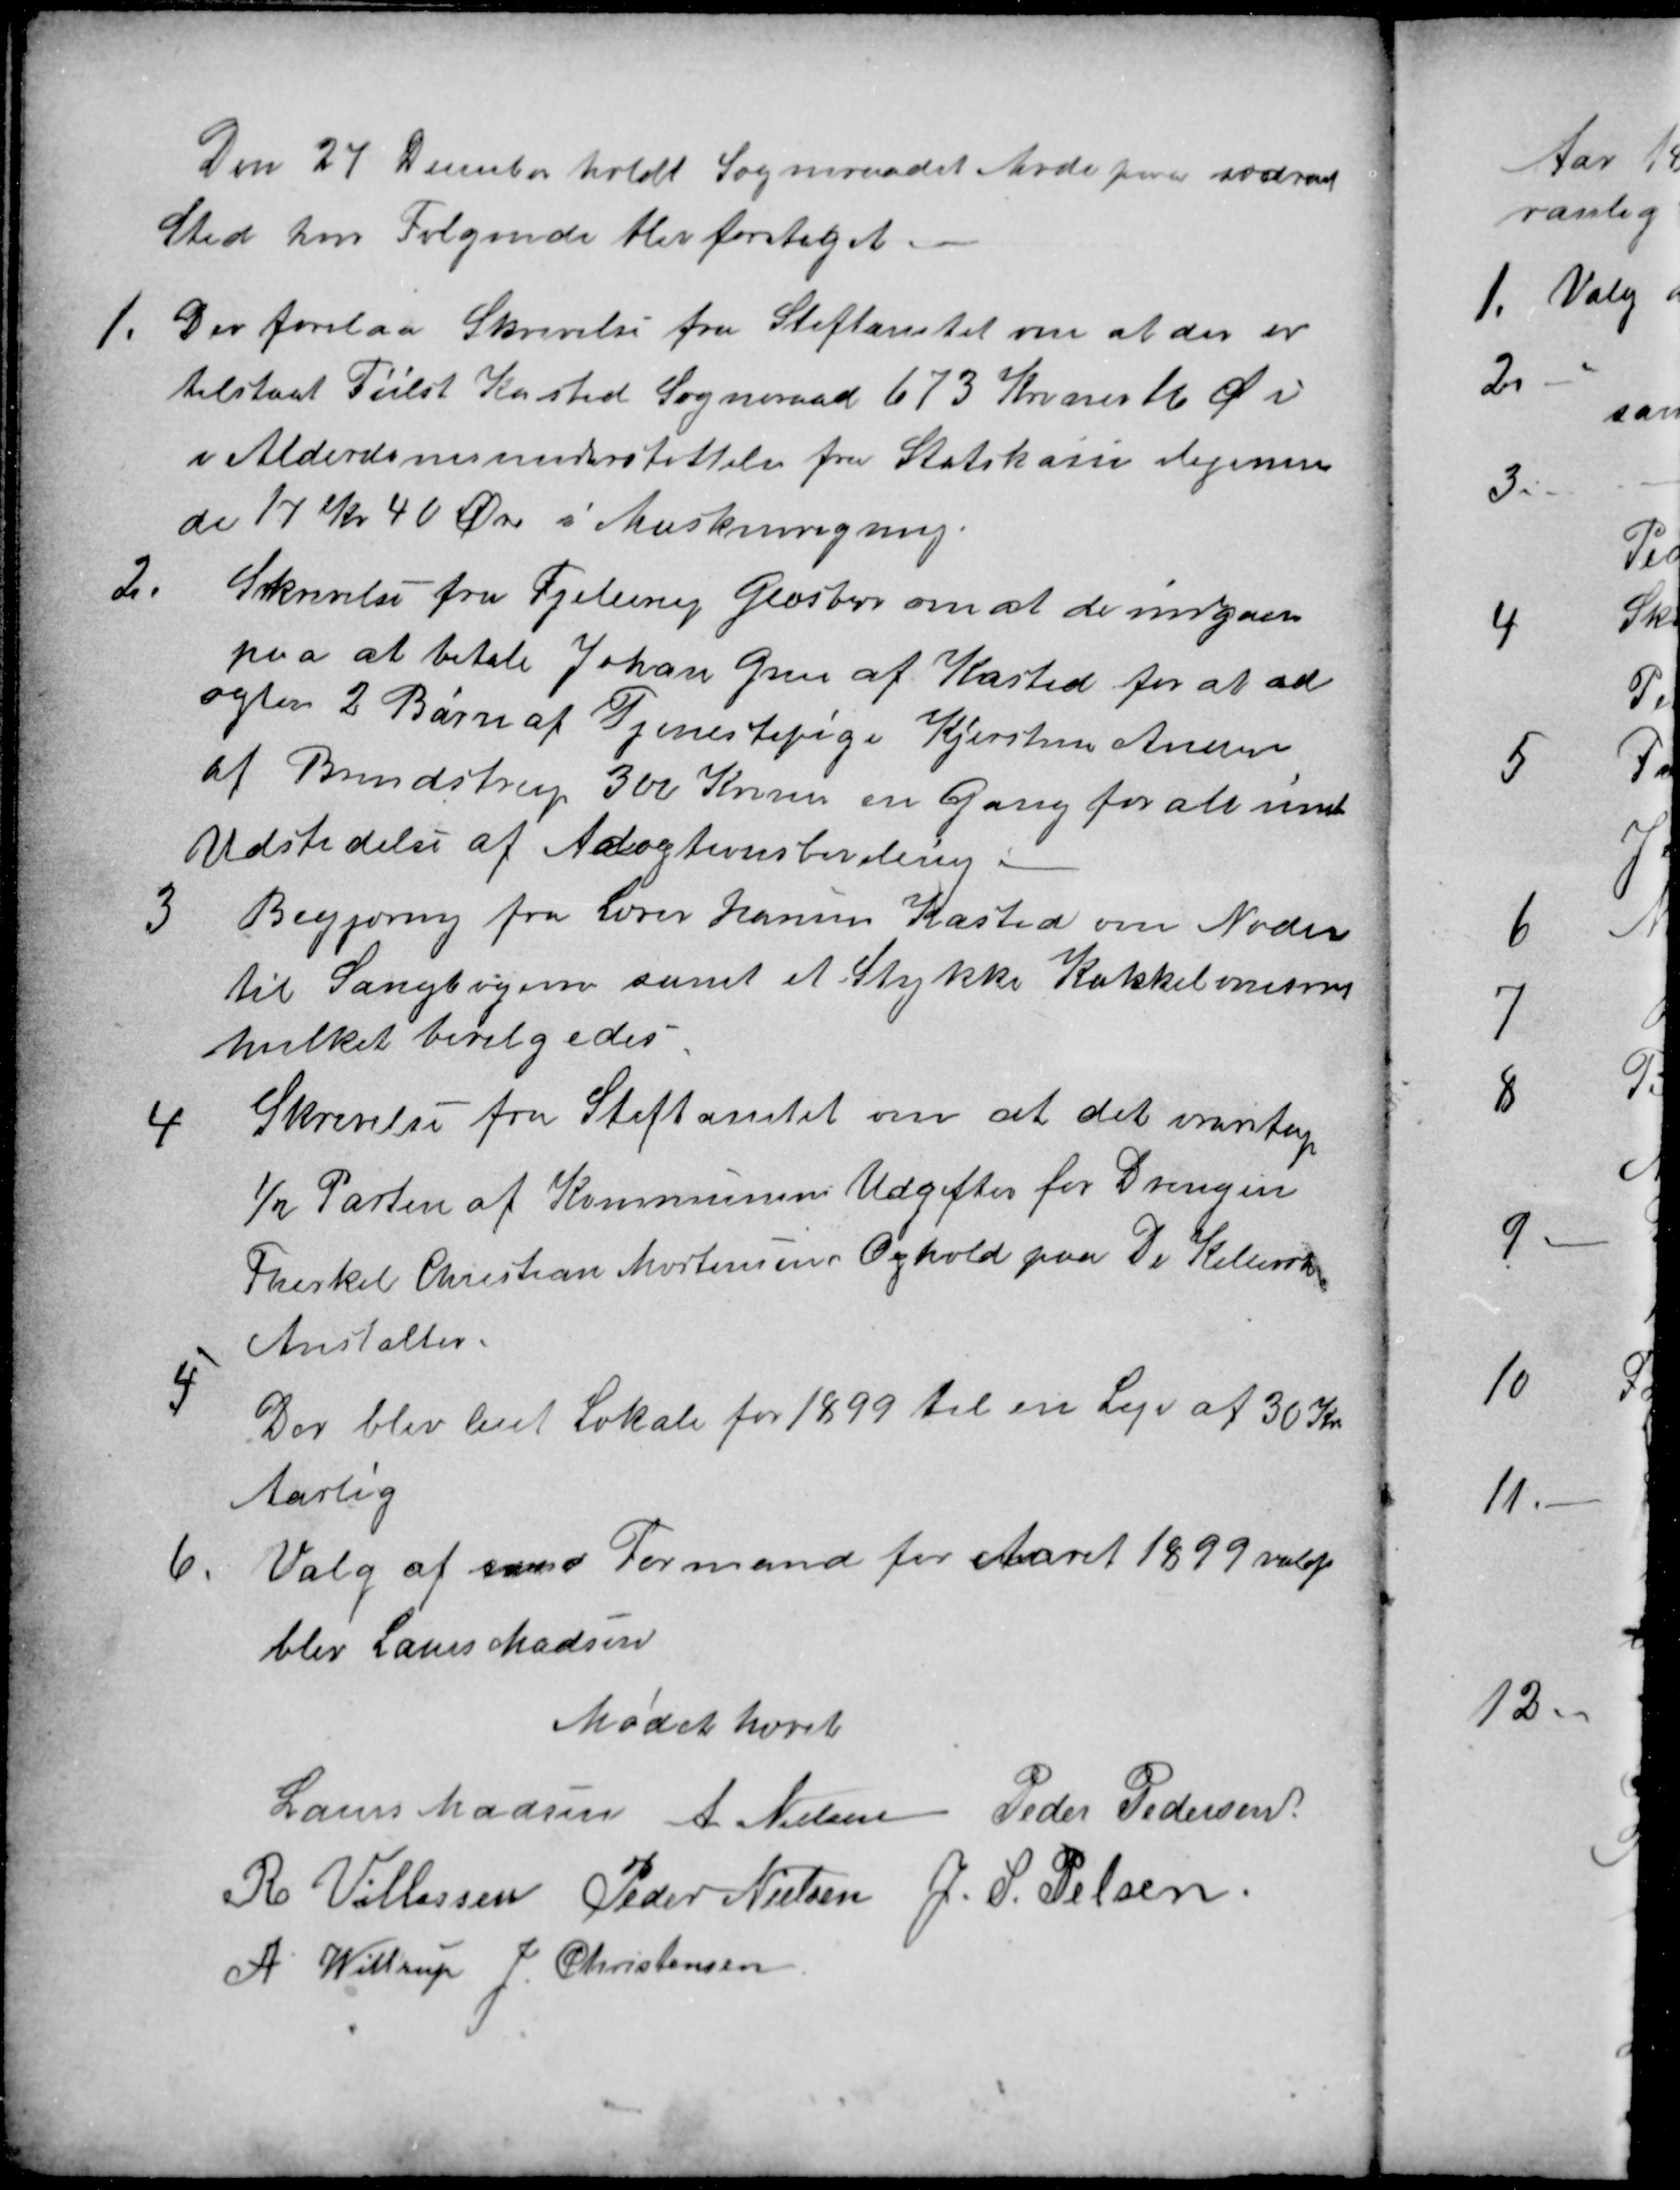
Transskription:
Den 27 December holdt Sogneraadet Møde paa sædvanl
Sted hvor Følgende blev foretaget.
1.
Der forelaa Skrivelse fra Stiftamtet om at der er
tilstaaet Tiilst Kasted Sogneraad 673 Kroner 16 Øre i
i Alderdomsunderstøttelse fra Statskasse ligesom
de 17 Kr 40 Øre i Maskinregning.
2.
Srkrivelse fra Fjellerup Glæsborg om at de indgaar
paa at betale Johan Gren af Kasted for at ad
optere 2 Børn af Tjenestepige Kjerstine Anersen
af Brendstrup 300 Kroner en Gang for alle visst
Udstedelse af Adoptionsbevilling
3
Begjæring fra Lærer Hansen Kasted om Noder
til Sangbøgerne samt et Stykke Kakkelovnsrør
hvilket bevilgedes.
4
Skrivelse fra Stiftamtet om at det varetager
½ Parten af Kommunens Udgifter for Drengen
Therkel Christian Mortensens Ophold paa De Kellerske
Anstalter.
5
Der blev leiet Lokale for 1899 til en Leje af 30 Kr
Aarlig
6.
Valg af  Formand for Aaret 1899 valgt
blev Laurs Madsen
Mødet hævet
Laurs Madsen
A. Nielsen
Peder Pedersen
R Villassen
Peder Nielsen
J. S. Pelsen
A. Wittrup
J Christensen